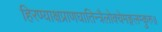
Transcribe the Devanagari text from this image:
हिरण्याक्षप्राणघातिन्त्रैलोक्येमङ्गलम्कुरु॥